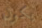
يكون